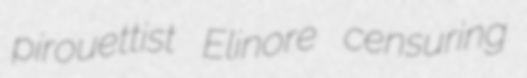
pirouettist Elinore censuring